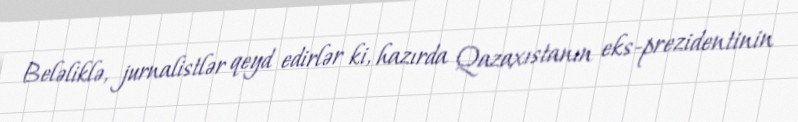
Beləliklə, jurnalistlər qeyd edirlər ki, hazırda Qazaxıstanın eks-prezidentinin